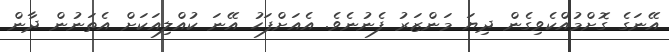
އޭނަގެ ގޮށްމުއްކެވިގެން ދިޔަ މަންޒަރު ފެނުނެވެ. އެއަށްފަހު އޭނަ ކުއްލިއަކަށް އެތަނުން ދާން